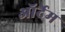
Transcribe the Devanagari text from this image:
ऑर्देम